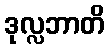
ဒုလ္လဘာတိ